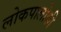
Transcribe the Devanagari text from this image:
लोकपालोकी